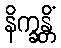
နိက္ခန္တိံ